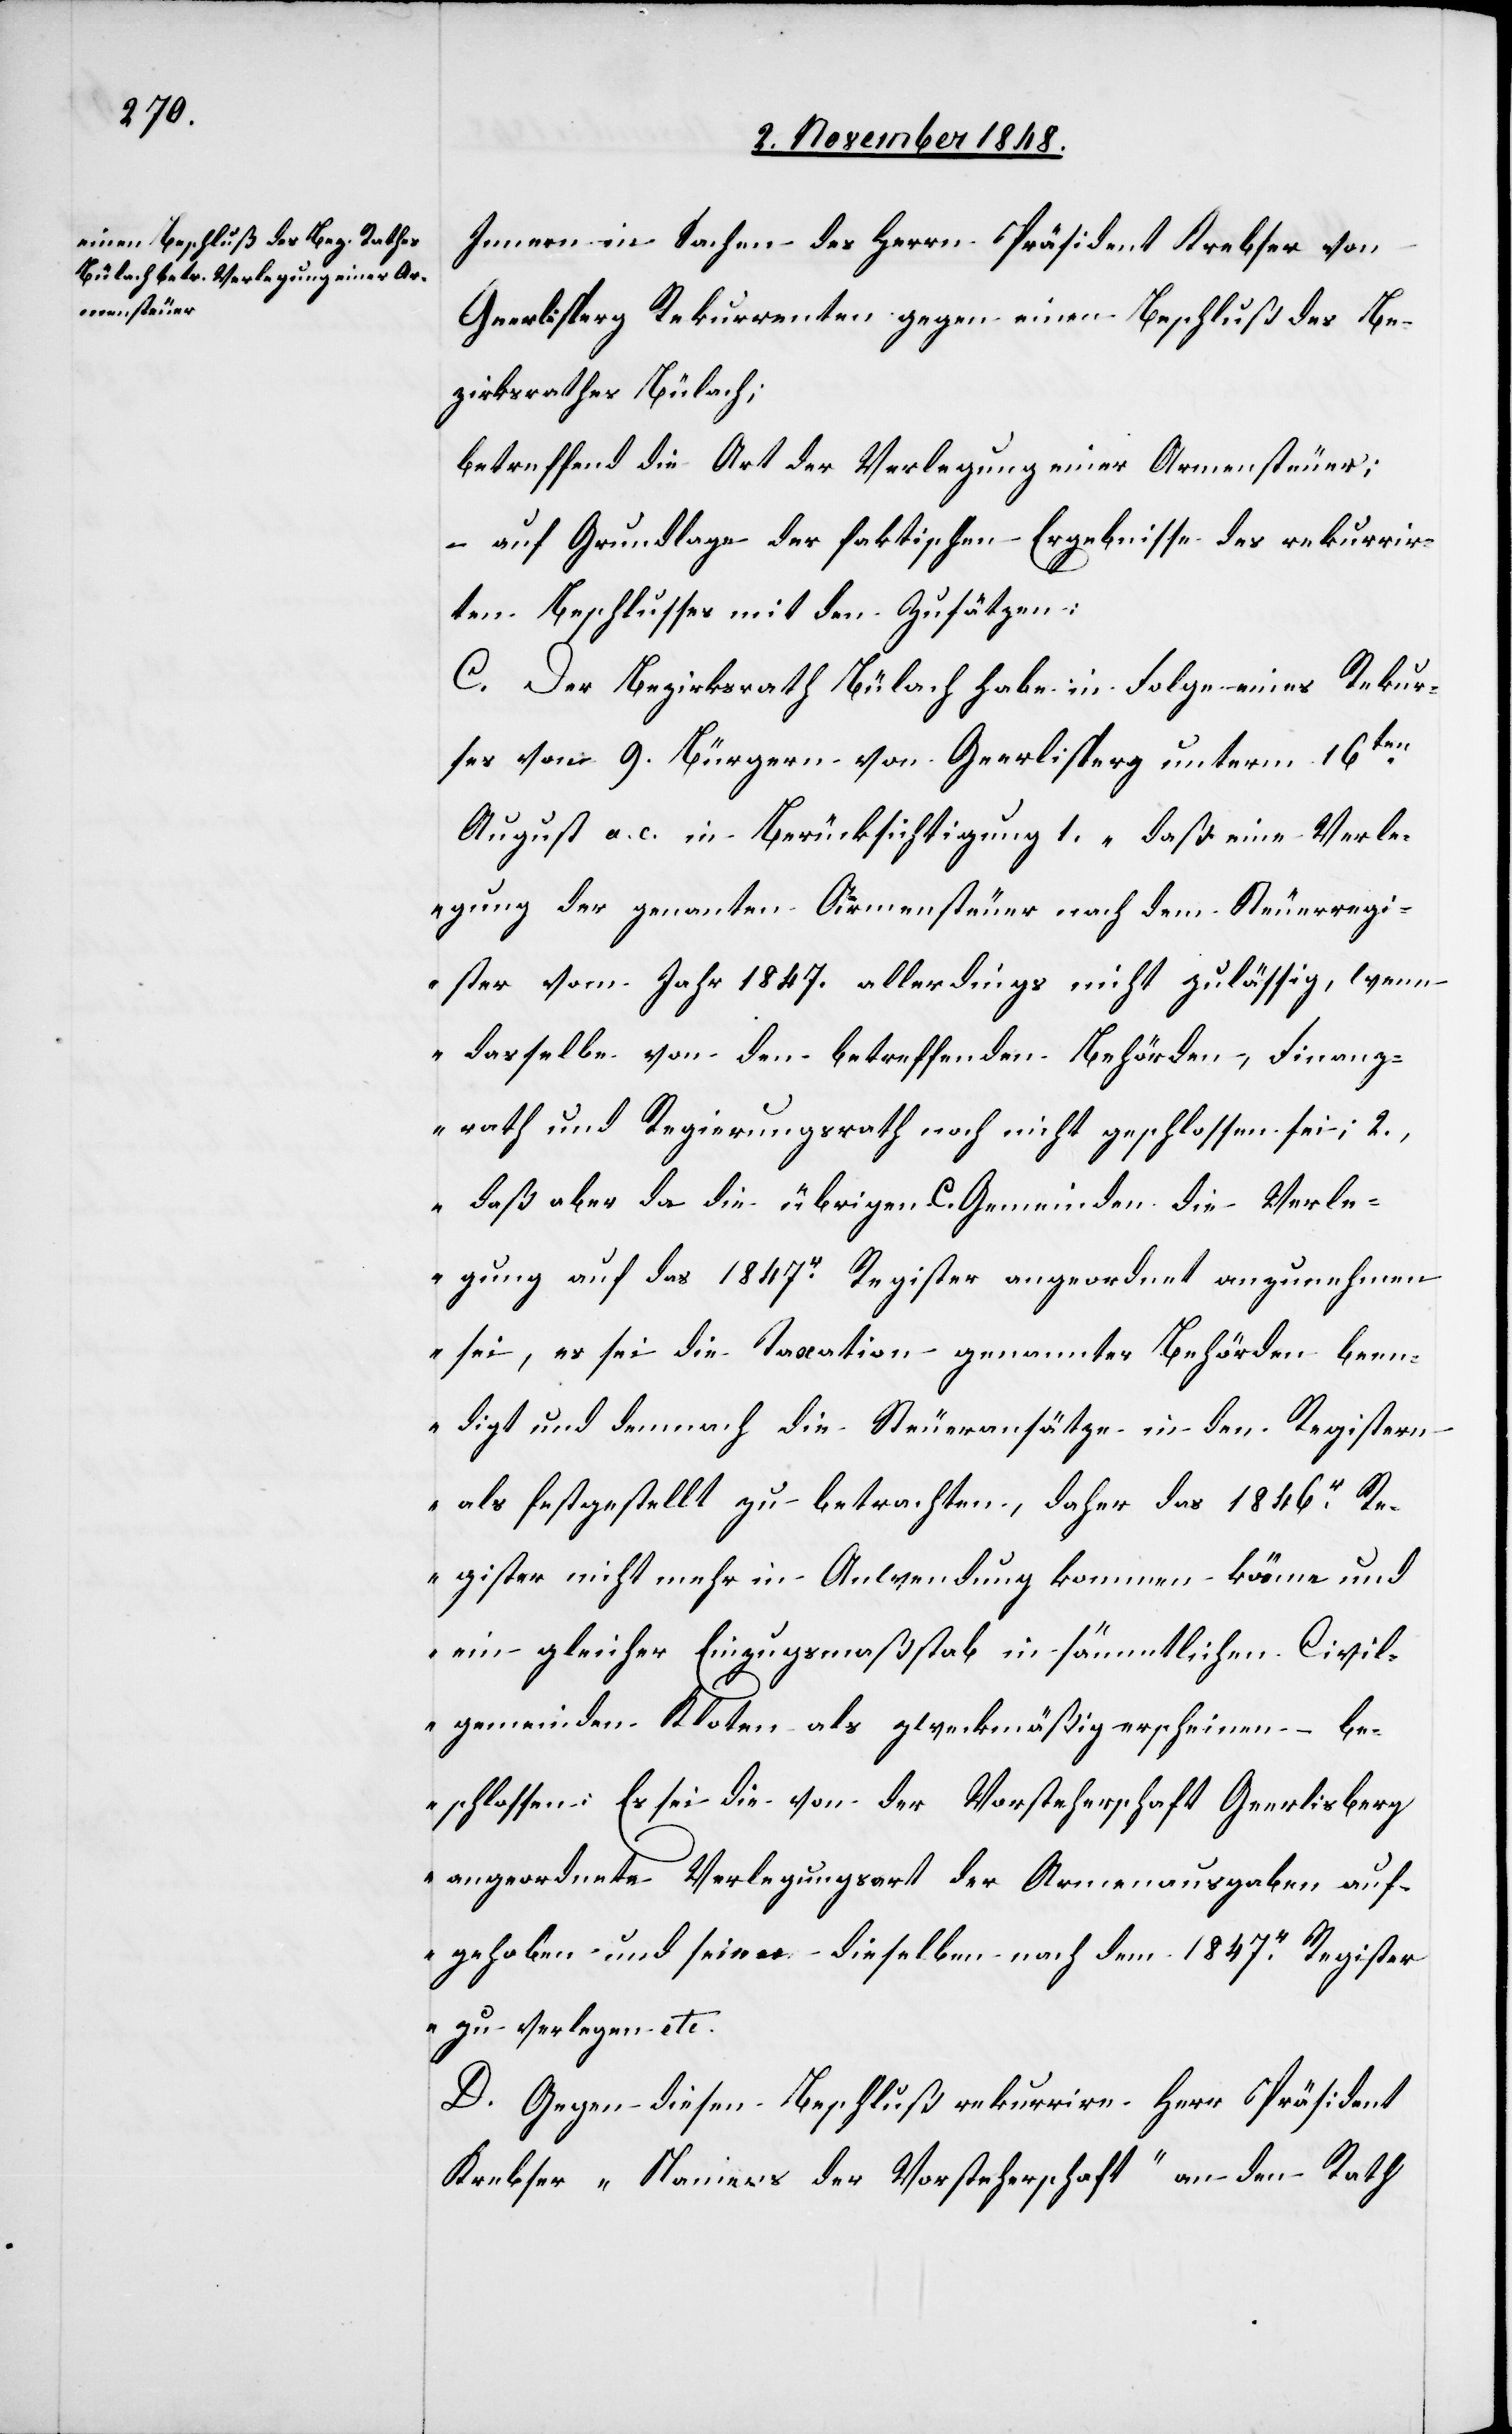
Innern in Sachen des Herrn Präsident Krebser von
Gerlisperg Rekurrenten gegen einen Beschluß des Be¬
zirksrathes Bülach;
betreffend die Art der Verlegung einer Armensteuer;
– auf Grundlage der faktischen Ergebnisse des rekurrir¬
ten Beschlusses mit den Zusätzen:
C. Der Bezirksrath Bülach habe in Folge eines Rekur¬
ses von 9. Bürgern von Geerlisperg [sic!] unterm 16ten
August a. c. in Berücksichtigung 1. „daß eine Verle¬
gung der genanten Armensteuer nach dem Steuerregi¬
ster vom Jahr 1847. allerdings nicht zulässig, wenn
dasselbe von den betreffenden Behörden, Finanz¬
rath und Regierungsrath noch nicht geschlossen sei; 2.,
daß aber da die übrigen C. Gemeinden die Verle¬
gung auf das 1847r Register angeordnet anzunehmen
sei, es sei die Taxation genannter Behörden been¬
digt und demnach die Steueransätze in den Registern
als festgestellt zu betrachten, daher das 1846r R¬
egister nicht mehr in Anwendung kommen könne und
ein gleicher Einzugsmaßstab in sämmtlichen Civil¬
gemeinden Kloten als zweckmäßig erscheinen – b¬
eschlossen: Es sei die von der Vorsteherschaft Geerlisberg
angeordnete Verlegungsart der Armenausgaben auf¬
gehoben und seien dieselben nach dem 1847r Register
zu verlegen etc
D. Gegen diesen Beschluß rekurrire Herr Präsident
Krebser „Namens der Vorsteherschaft“ an den Rath